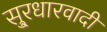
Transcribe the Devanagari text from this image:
सु्रधारवादी